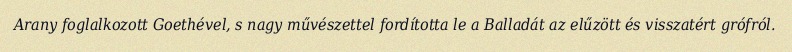
Arany foglalkozott Goethével, s nagy művészettel fordította le a Balladát az elűzött és visszatért grófról.